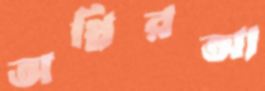
অগ্নিরআ